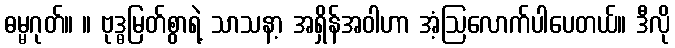
ဓမ္မဂုတ်။ ။ ဗုဒ္ဓမြတ်စွာရဲ့ သာသနာ့ အရှိန်အဝါဟာ အံ့ဩလောက်ပါပေတယ်။ ဒီလို